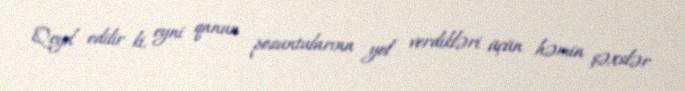
Qeyd edilir ki, eyni qanun pozuntularına yol verdikləri üçün həmin şəxslər